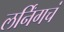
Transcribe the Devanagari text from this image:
लर्निंगचं